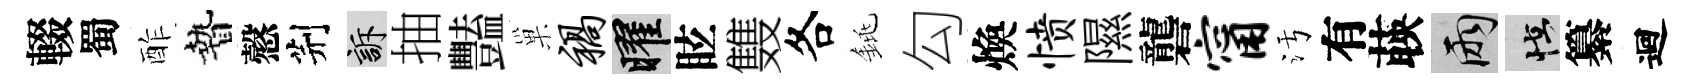
輟蜀酢贄慤荆訴抽豔巢祸曜眩䨇各銚勾煥愤隰礱甯污有𦴤兩怪纂迴